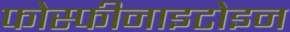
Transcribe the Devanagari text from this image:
फोस्फीनाइटोइन